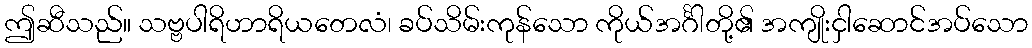
ဤဆီသည်။ သဗ္ဗပါရိဟာရိယတေလံ၊ ခပ်သိမ်းကုန်သော ကိုယ်အင်္ဂါတို့၏ အကျိုးငှါဆောင်အပ်သော